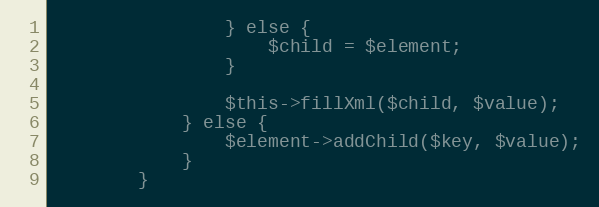
Language: PHP
                } else {
                    $child = $element;
                }

                $this->fillXml($child, $value);
            } else {
                $element->addChild($key, $value);
            }
        }